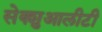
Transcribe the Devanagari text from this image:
सेक्शुआलीटी